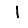
Digit: 1